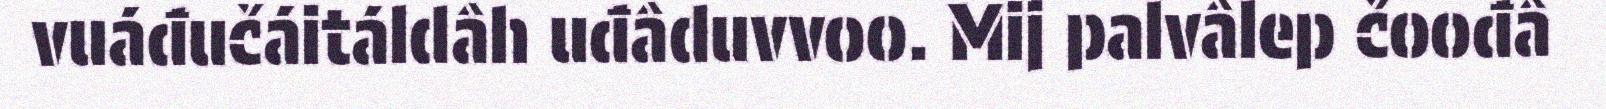
vuáđučáitáldâh uđâduvvoo. Mij palvâlep čoođâ